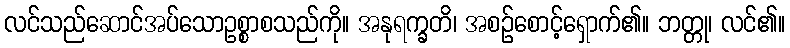
လင်သည်ဆောင်အပ်သောဥစ္စာစသည်ကို။ အနုရက္ခတိ၊ အစဉ်စောင့်ရှောက်၏။ ဘတ္တု၊ လင်၏။